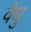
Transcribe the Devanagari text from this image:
वेधु